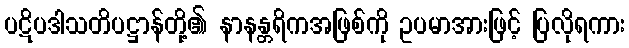
ပဋိပဒါသတိပဋ္ဌာန်တို့၏ နာနန္တရိကအဖြစ်ကို ဥပမာအားဖြင့် ပြလိုရကား